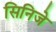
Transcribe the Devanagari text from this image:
सिनिजे